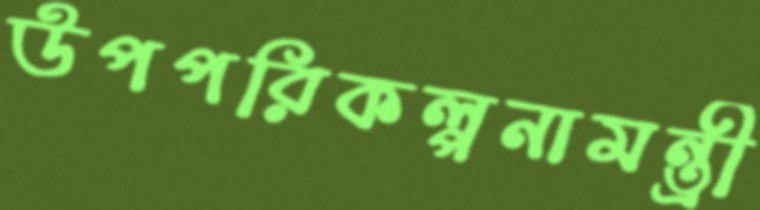
উপপরিকল্পনামন্ত্রী